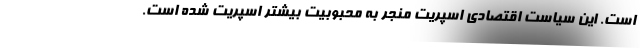
است. این سیاست اقتصادی اسپریت منجر به محبوبیت بیشتر اسپریت شده است.